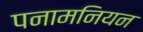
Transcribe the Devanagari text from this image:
पनामनियन